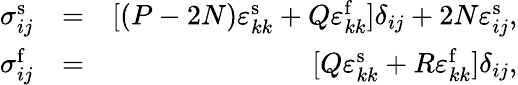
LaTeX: \begin{array}{rlr}{\sigma_{ij}^{\mathrm{s}}}&{=}&{[(P-2N)\varepsilon_{kk}^{\mathrm{s}}+Q\varepsilon_{kk}^{\mathrm{f}}]\delta_{ij}+2N\varepsilon_{ij}^{\mathrm{s}},}\\ {\sigma_{ij}^{\mathrm{f}}}&{=}&{[Q\varepsilon_{kk}^{\mathrm{s}}+R\varepsilon_{kk}^{\mathrm{f}}]\delta_{ij},}\end{array}